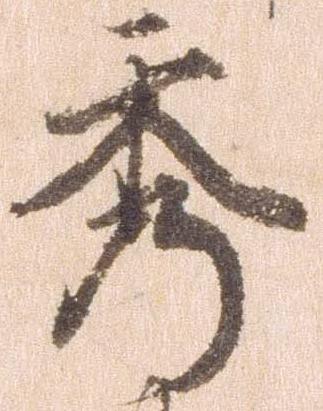
秀